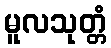
မူလသုတ္တံ